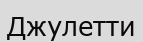
Джулетти